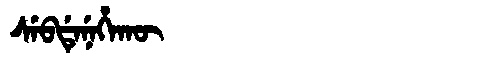
Manchu: ᠰᡝᠪᡩᡝᠨᡝᡥᠠᡴᡡ
Romanization: SEBDENEHAKŪ